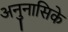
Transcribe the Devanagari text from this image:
अनुनासिके